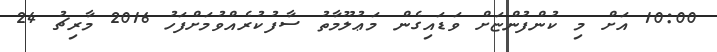
10:00 އަށް މި ކުންފުންޏަށް ވަޑައިގެން މަޢުލޫމާތު ސާފުކުރެއްވުމަށްފަހު 2016 މާރިޗު 24